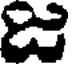
జ